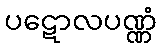
ပဋောလပဏ္ဏံ